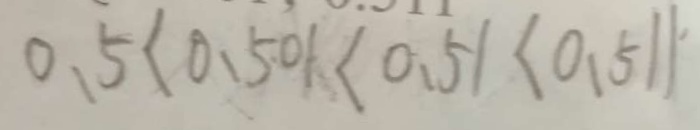
0 . 5 < 0 . 5 0 1 < 0 . 5 1 < 0 . 5 1 1